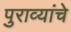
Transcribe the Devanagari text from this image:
पुराव्यांचे